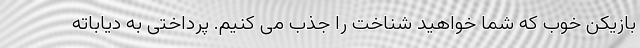
بازیکن خوب که شما خواهید شناخت را جذب می کنیم. پرداختی به دیاباته